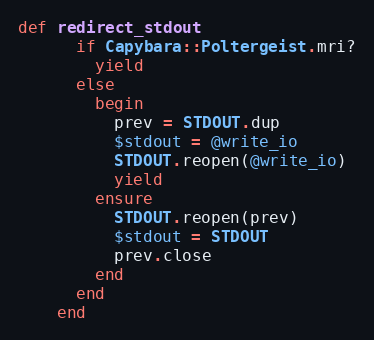
Language: Ruby
def redirect_stdout
      if Capybara::Poltergeist.mri?
        yield
      else
        begin
          prev = STDOUT.dup
          $stdout = @write_io
          STDOUT.reopen(@write_io)
          yield
        ensure
          STDOUT.reopen(prev)
          $stdout = STDOUT
          prev.close
        end
      end
    end